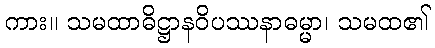
ကား။ သမထာဓိဋ္ဌာနဝိပဿနာဓမ္မာ၊ သမထ၏